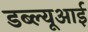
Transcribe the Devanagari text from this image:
डब्ल्यूआई